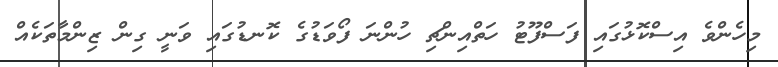
މިހެންވެ އިސްކޮޅުގައި ފަސްފޫޓު ހަތްއިންޗި ހުންނަ ފޯވަޑުގެ ކޮނޑުގައި ވަނީ ގިން ޒިންމާތަކެއް